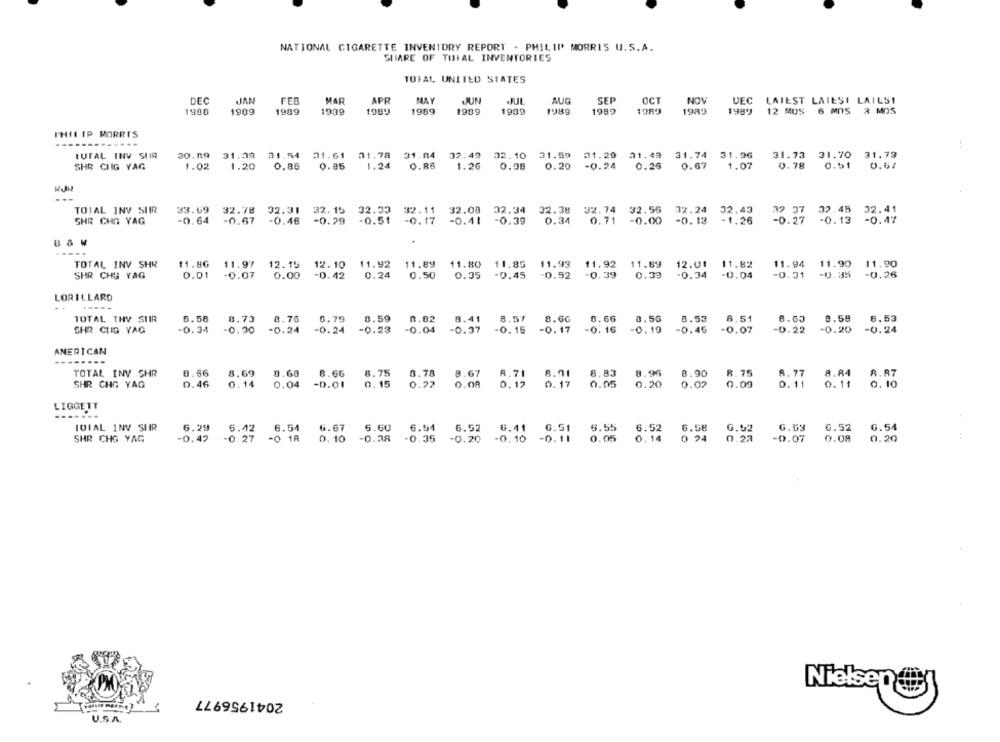
NATIONAL CIGARETTE INVENTORY REPORT - PHILIP MORRIS U.S.A.
SHARE OF TOTAL INVENTORIES
TOTAL, UNITED STATES
DEC
FEB
MAR
APR
MAY
JJUN
AUG
SEP
OCT
NOV
UEC LAIEST LATESI LAILS!
1900
1909
1909
1989
1989
1909
1939
1989
1989
1989
1989
1989
12 MUS 6 MOS 2 MOS
PHILIP MORRIS
-.
TUTAL INV SIIR
30.9 31.39 31.54 01.61 11.78 31.04 32.49
32.10 31.59 31.29 31.49 31.74 31.96
31.73 31.70
31.73
SHR CHIG YAG
1.02
1.20
0.85
0.85
1.24
0.86
1.26
0.98
0.20
-0.24
0.26
0.67
1.07
0.78
0.51
0.61
TOTAL INV SUR
33.69
92.31 32. 15 32.33
32.38
32.74 32.56
32.24
SHR CHO YAG
-0.64
-0.67 -0.46 -0.29 -0.51 -0.17
-0.41 - 0.39
0.34
0.71 -0.00
-1.26
-0.13 -0.47
TOTAL INV SHR
11.86
11.97 12.15
12.10
11.92
11.89 11.80 11.85
11.93
11.92
11.89
12.01
11.82
11.94
11.90
11.90
SHR CHU YAG
0.01
-0.07
0.00
-0.42
0.24
0.45
-0.52
-0.39
0.39
-0.34
-0.04
-0.31
-0.35
-0.26
0.50
LORILLARD
----
TOTAL THY SIIR
0.58
8.73
8.76
0.79
0.59
8.57
8.60
0.66
0.56
8.53
8.51
8.63
8.58
8.53
0.02
SHR CHIG YAG
-0.34
-0.30
-0.24
-0.24
-0.23
-0.04
- 0.37
-0. 15
-0. 17
-0. 16
-0. 19
-0.45
-0.07
-0.22
-0.20
-0.24
AMERICAN
TOTAL INY SHR
0.66
8.69
8.68
8.67
8.83
8.96
8.90
8. 75
R.R7
8.66
8.75
8.78
8.71
8.77
8.84
SHR CHG YAG
0.46
0. 14
0.04
-0.01
0. 15
0.22
0.08
0.12
0.17
0.05
0.20
0.02
0.09
0.11
0.11
0.10
LIGGETT
IVIAL INV SHR
6.29
5.42
6.54
6.67
6.54
6.52
6.41
G.51
6.55
6.52
6.58
6.52
0.52
G.54
-0.42
-0.27
-0 18
5.00
-0.35
-0.20
-0. 10
-0.11
0.05
0.14
0 24
0.22
-0.07
0.08
0.20
SHR CHG YAG
0.10
Nie
er
2041956977
U.S.A.